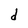
Character: d